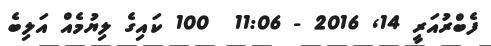
ފެބްރުއަރީ 14